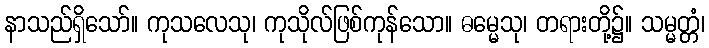
နာသည်ရှိသော်။ ကုသလေသု၊ ကုသိုလ်ဖြစ်ကုန်သော။ ဓမ္မေသု၊ တရားတို့၌။ သမ္မတ္တံ၊